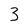
Character: 3